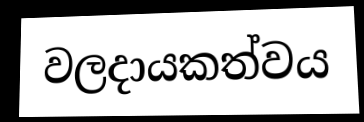
වලදායකත්වය